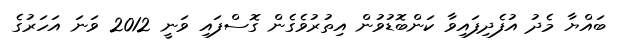
ބައްޔާ މެދު އުފެދިފައިވާ ކަންބޮޑުވުން އިތުރުވެގެން ގޮސްފައި ވަނީ 2012 ވަނަ އަހަރުގެ